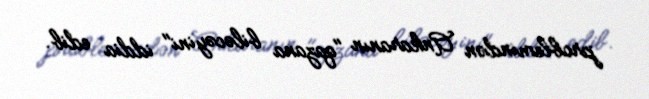
problemindən Ankaranın "qazana biləcəyini" iddia edib.